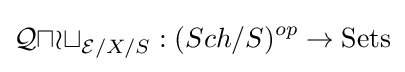
{\mathcal {Quot}}_{{\mathcal {E}}/X/S}:(Sch/S)^{op}\to {\text{Sets}}